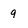
Character: 9